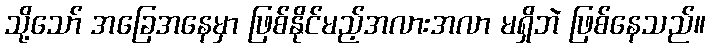
သို့သော် အခြေအနေမှာ ဖြစ်နိုင်မည့်အလားအလာ မရှိဘဲ ဖြစ်နေသည်။